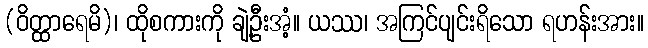
(ဝိတ္ထာရေမိ)၊ ထိုစကားကို ချဲ့ဦးအံ့။ ယဿ၊ အကြင်ပျင်းရိသော ရဟန်းအား။